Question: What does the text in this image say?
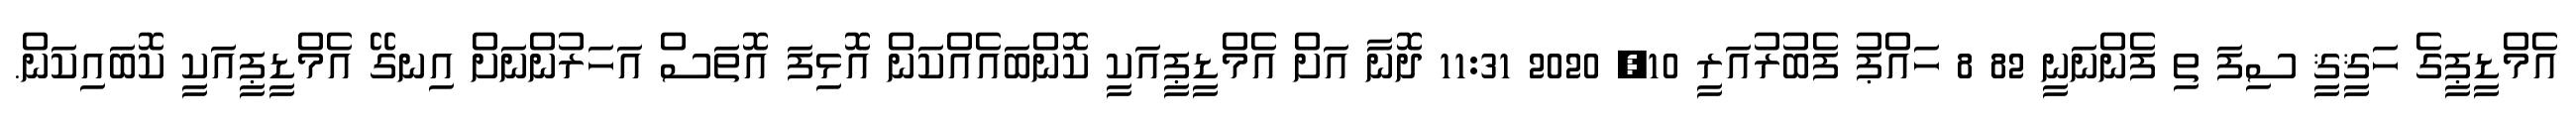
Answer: އެމްޑީޕީގެ ހަޤީޤީ ސިފަ ތި ފެންނަނީ 82 8 ހައްޕު ފެބުރުއަރީ 10, 2020 11:31 ދޮނާ އަށް އެމްޑީޕީއަކީ ކޮންބައެއްކަން އޮޅިފަ އޮތަސް އަހަރުންނަށް އިނގޭ އެމްޑީޕީއަކީ ކޮބައިކަން.